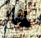
لها